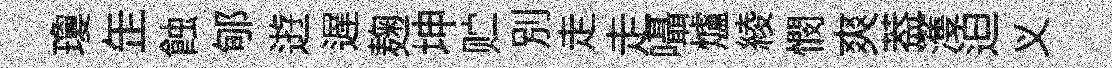
瓊𦈢蝕郇逰遅麹坤贮别走走囁爐綾憫爽葢濩迫义